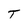
Character: T